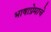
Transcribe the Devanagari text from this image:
भाषाप्रेमाचे